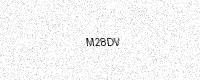
Text: M28DV